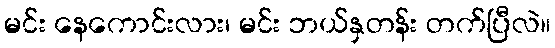
မင်း နေကောင်းလား၊ မင်း ဘယ်နှတန်း တက်ပြီလဲ။